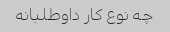
چه نوع کار داوطلبانه